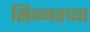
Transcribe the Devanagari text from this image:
सिन्नरच्या